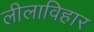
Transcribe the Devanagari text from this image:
लीलाविहार